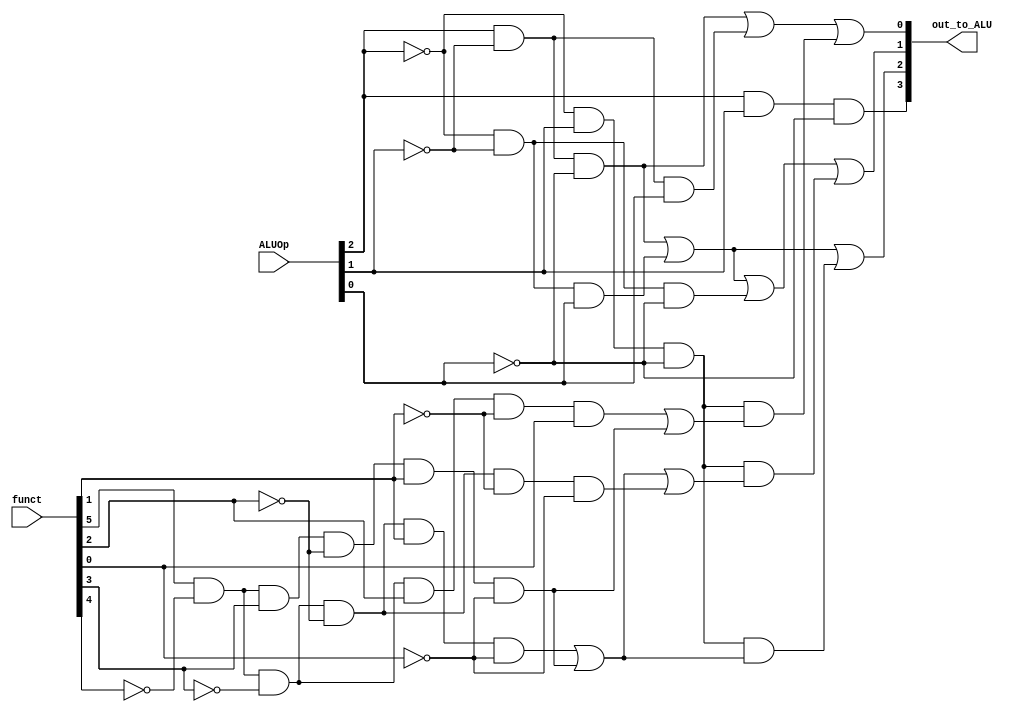
/*
ALUControl
Accept 3 bits as ALUOp; The suggested design used 2 bits; i changed it.
*/
module ALUControl (ALUOp, funct, out_to_ALU);
	input [2:0] ALUOp;
	input [5:0] funct;
	output [3:0] out_to_ALU;

	// high when ALUOp 110
	assign out_to_ALU[3] = ((ALUOp[2])&(ALUOp[1])&(~ALUOp[0]));
	// high when (ALUOp is 100 or 001) or (ALUOp is 010 and (funct is 100010 or 101010))
	assign out_to_ALU[2] = ((ALUOp[2])&(~ALUOp[1])&(~ALUOp[0]))
	| ((~ALUOp[2])&(~ALUOp[1])&(ALUOp[0]))
	| ( ((~ALUOp[2])&(ALUOp[1])&(~ALUOp[0])) & ( ((funct[5])&(~funct[4])&(~funct[3])&(~funct[2])&(funct[1])&(~funct[0])) | ((funct[5])&(~funct[4])&(funct[3])&(~funct[2])&(funct[1])&(~funct[0])) ) );
	// high when (ALUOp is 100 or 001 or 000) or (ALUOp is 010 and (funct is 100010 or 101010 or 100000))
	assign out_to_ALU[1] = ((ALUOp[2])&(~ALUOp[1])&(~ALUOp[0]))
	| ((~ALUOp[2])&(~ALUOp[1])&(ALUOp[0]))
	| ((~ALUOp[2])&(~ALUOp[1])&(~ALUOp[0]))
	| ( ((~ALUOp[2])&(ALUOp[1])&(~ALUOp[0])) & ( ((funct[5])&(~funct[4])&(~funct[3])&(~funct[2])&(funct[1])&(~funct[0])) | ((funct[5])&(~funct[4])&(funct[3])&(~funct[2])&(funct[1])&(~funct[0])) | ((funct[5])&(~funct[4])&(~funct[3])&(~funct[2])&(~funct[1])&(~funct[0])) ) );
	// high when (ALUOp is 100 or 101) or (ALUOp is 010 and (funct is 101010 or 100101))
	assign out_to_ALU[0] = ((ALUOp[2])&(~ALUOp[1])&(~ALUOp[0]))
	| ((ALUOp[2])&(~ALUOp[1])&(ALUOp[0]))
	| ( ((~ALUOp[2])&(ALUOp[1])&(~ALUOp[0])) & ( ((funct[5])&(~funct[4])&(~funct[3])&(funct[2])&(~funct[1])&(funct[0])) | ((funct[5])&(~funct[4])&(funct[3])&(~funct[2])&(funct[1])&(~funct[0])) ) );
endmodule